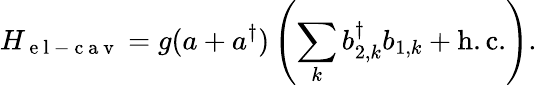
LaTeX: H_{\mathrm{~e~l~-~c~a~v~}}=g(a+a^{\dagger})\left(\sum_{k}b_{2,k}^{\dagger}b_{1,k}+\mathrm{h.c.}\right).